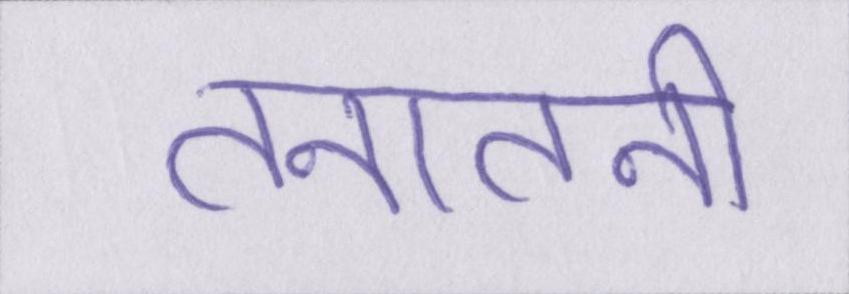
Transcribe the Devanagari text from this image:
तनातनी